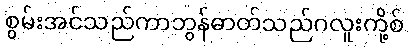
စွမ်းအင်သည်ကာဘွန်ဓာတ်သည်ဂလူးကို့စ်